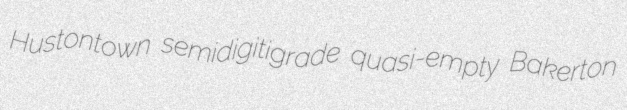
Hustontown semidigitigrade quasi-empty Bakerton